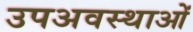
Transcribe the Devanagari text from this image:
उपअवस्थाओं